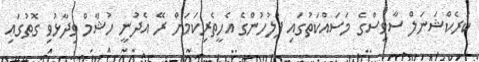
ކަރެކްޝަނަލް ސާވިސްގެ މަސައްކަތުގައި ފުލުހުންގެ އެހީތެރިކަމަށް ރޭ އެދުނީ ހުޝާމް ވިދާޅުވި ގޮތުގައި